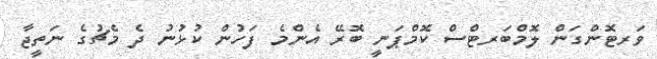
ވަރޓޮންގަން ލޮމްބަރޓްސް ކޮމްޕަނީ ބޮރޭ އެންމެ ފަހުން ކުޅުނު ދެ މެޗުގެ ނަތީޖާ